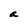
Character: a